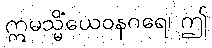
ဣမသ္မိံယေဝနဂရေ၊ ဤ